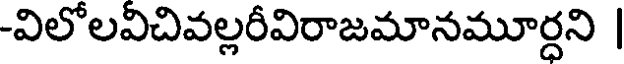
-విలోలవిచివల్లరీవిరాజమానమూర్దని |